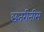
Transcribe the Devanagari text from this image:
छतरीनीम